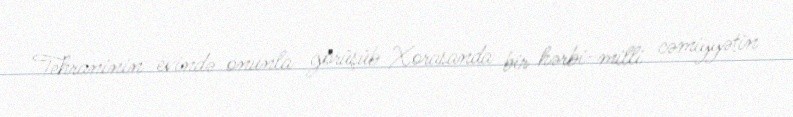
Tehraninin evində onunla görüşüb Xorasanda bir hərbi-milli cəmiyyətin